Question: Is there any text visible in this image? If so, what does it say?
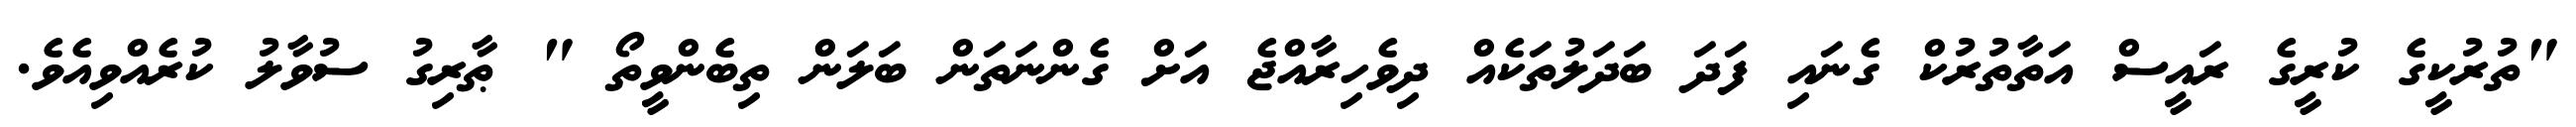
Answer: "ތުރުކީގެ ކުރީގެ ރައީސް އަތާތުރުކް ގެނައި ފަދަ ބަދަލުތަކެއް ދިވެހިރާއްޖެ އަށް ގެންނަތަން ބަލަން ތިބެންވީތޯ " ޠާރިގު ސުވާލު ކުރެއްވިއެވެ.